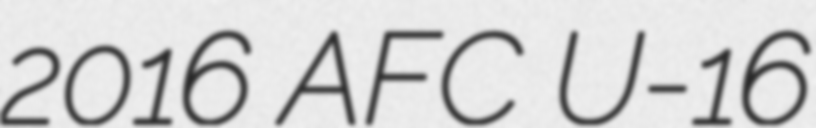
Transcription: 2016 AFC U-16